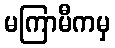
မကြာမီကမှ